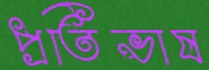
প্রতিভাষ